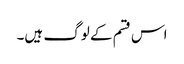
اس قسم کے لوگ ہیں۔